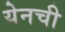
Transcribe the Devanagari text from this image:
येनची